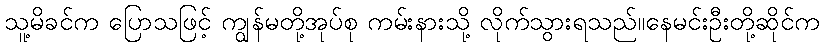
သူ့မိခင်က ပြောသဖြင့် ကျွန်မတို့အုပ်စု ကမ်းနားသို့ လိုက်သွားရသည်။နေမင်းဦးတို့ဆိုင်က